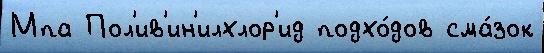
Мпа Пол'ив'ин'илхлор'ид подхо́дов сма́зок